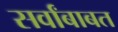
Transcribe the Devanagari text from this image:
सर्वांबाबत